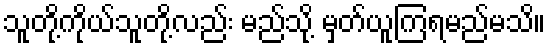
သူတို့ကိုယ်သူတို့လည်း မည်သို့ မှတ်ယူကြရမည်မသိ။